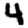
Digit: 4